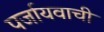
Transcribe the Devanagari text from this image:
पर्जायवाची